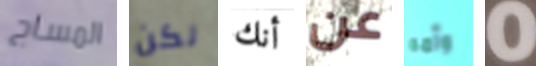
المساج لكن أنك عن وأمه 0